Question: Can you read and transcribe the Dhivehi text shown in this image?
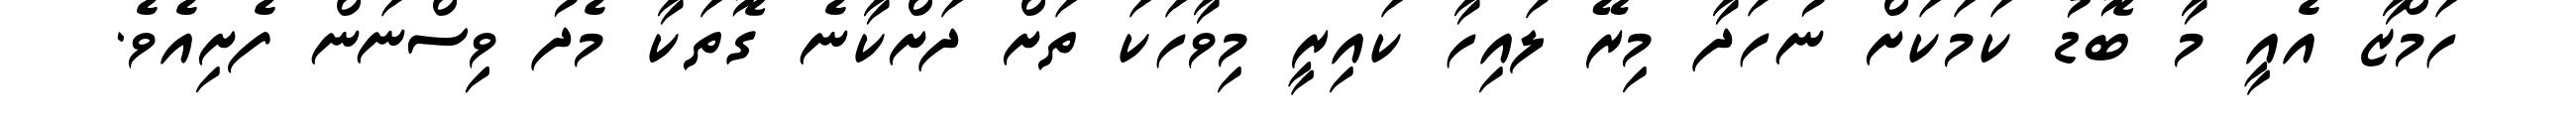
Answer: ހަމްޒާ އެއީ މާ ބޮޑު ކަމަކަށް ނުހަދާ މިރޭ ލައިހާ ކައިރީ މިވާހަކަ ތަށް ދަށްކާނެ ގޮތަކާ މެދު ވިިސްނަން ފެށިއެވެ.